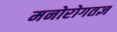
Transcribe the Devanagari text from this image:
मनोरोगतज्ञ